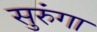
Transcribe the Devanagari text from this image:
सुरुंगा